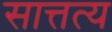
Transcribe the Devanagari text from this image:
सात्तत्य